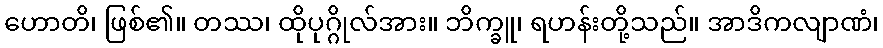
ဟောတိ၊ ဖြစ်၏။ တဿ၊ ထိုပုဂ္ဂိုလ်အား။ ဘိက္ခူ၊ ရဟန်းတို့သည်။ အာဒိကလျာဏံ၊